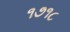
૧૭૧૮